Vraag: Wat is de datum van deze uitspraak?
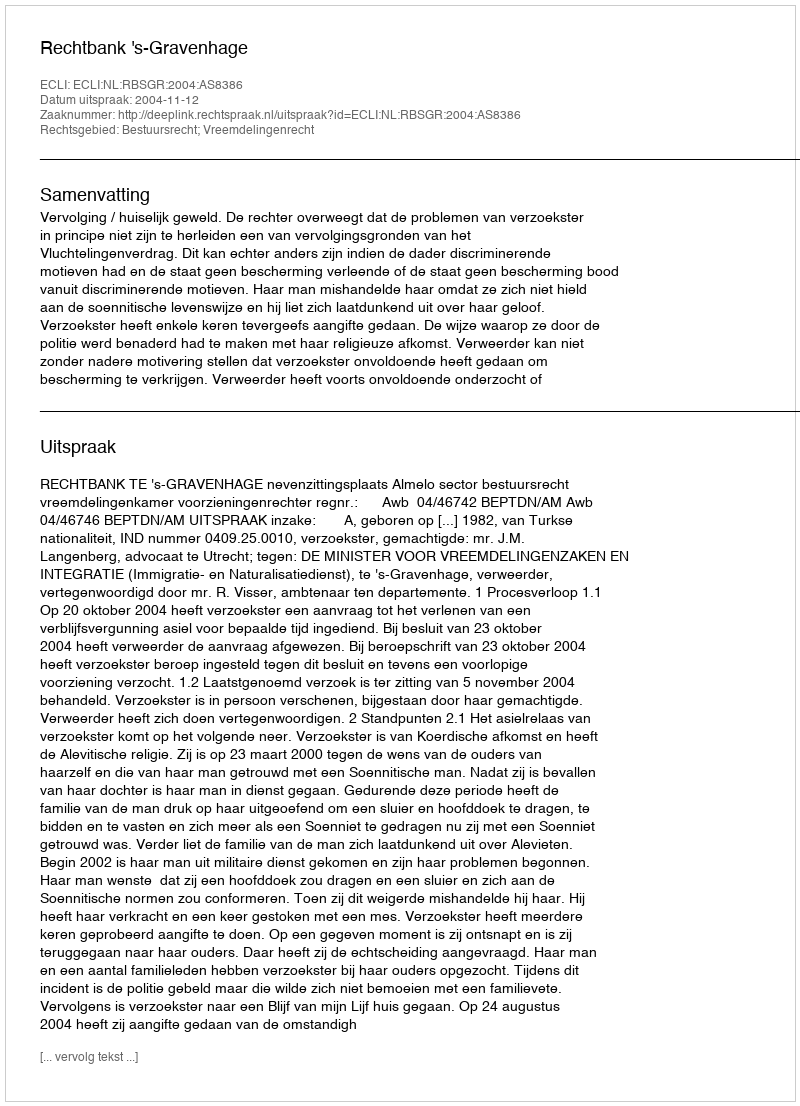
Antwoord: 2004-11-12